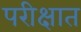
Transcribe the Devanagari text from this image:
परीक्षात